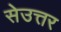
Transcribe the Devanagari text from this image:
सेउत्तर